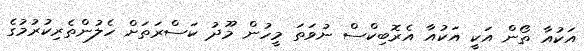
އަކުއާ ތޯން އަކީ އަކުއާ އެރޮބިކްސް ނުވަތަ މީހުން މޫދު ކަސްރަތަށް ހެލުންތެރިކުރުމުގެ